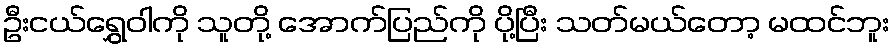
ဦးငယ်ရွှေဝါကို သူတို့ အောက်ပြည်ကို ပို့ပြီး သတ်မယ်တော့ မထင်ဘူး